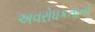
અવરોધકતાનો